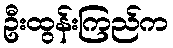
ဦးထွန်းကြည်က